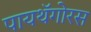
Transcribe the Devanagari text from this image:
पायथॅगोरस